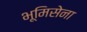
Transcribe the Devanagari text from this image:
भूमिसेना